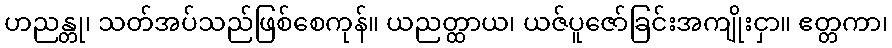
ဟညန္တု၊ သတ်အပ်သည်ဖြစ်စေကုန်။ ယညတ္ထာယ၊ ယဇ်ပူဇော်ခြင်းအကျိုးငှာ။ ဧတ္တကာ၊